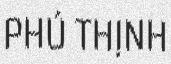
PHÚ THỊNH